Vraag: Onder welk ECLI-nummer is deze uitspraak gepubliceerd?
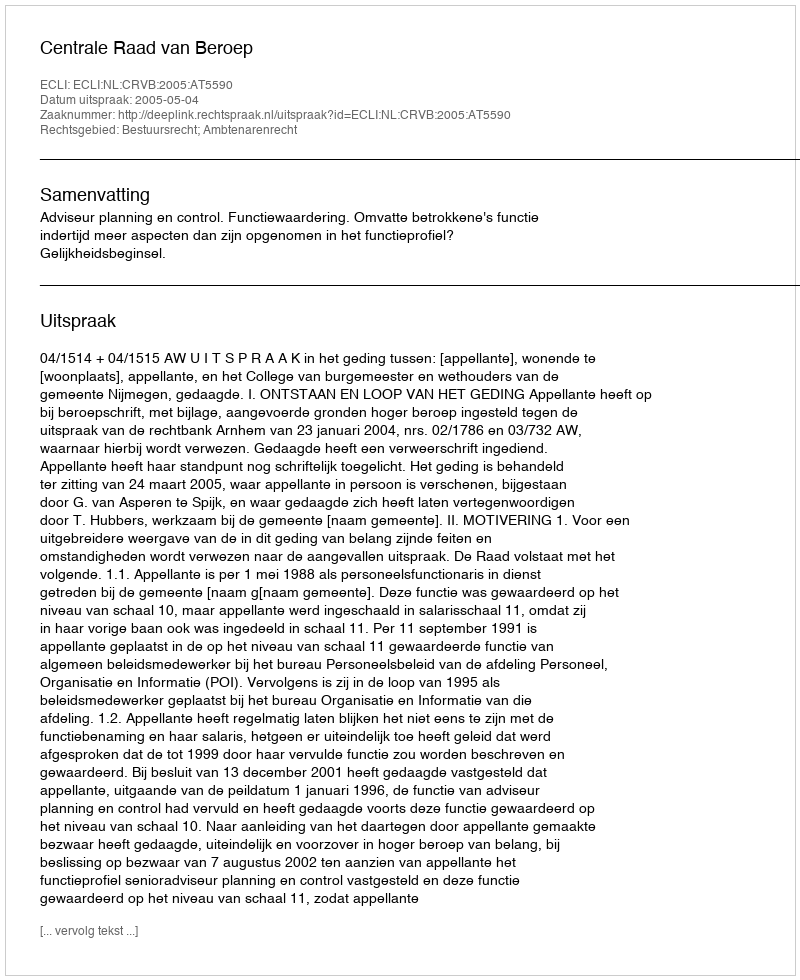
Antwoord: ECLI:NL:CRVB:2005:AT5590